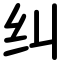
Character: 纠